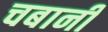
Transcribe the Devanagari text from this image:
चबानी